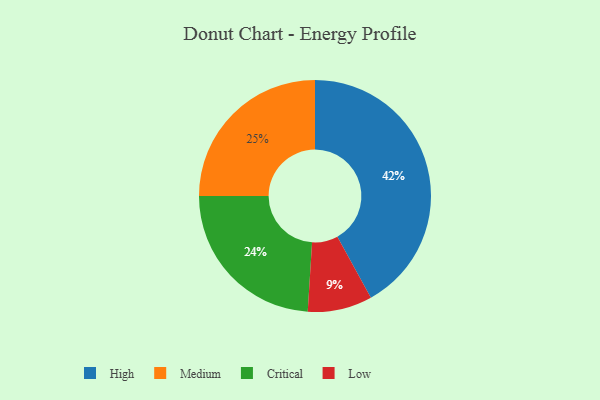
{"axis": {"x": "Category", "y": "Percentage"}, "legend": ["Critical", "High", "Low", "Medium"], "data": [{"x": "Critical", "y": 24, "type": "Critical"}, {"x": "High", "y": 42, "type": "High"}, {"x": "Medium", "y": 25, "type": "Medium"}, {"x": "Low", "y": 9, "type": "Low"}]}